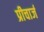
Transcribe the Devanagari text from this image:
प्रीचार्ज